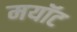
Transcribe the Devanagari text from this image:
मयॉट